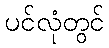
ပင်လုံတွင်